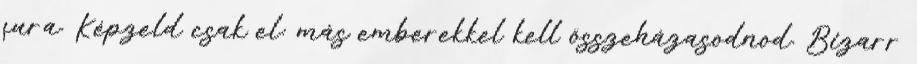
fura. Képzeld csak el: más emberekkel kell összeházasodnod. Bizarr